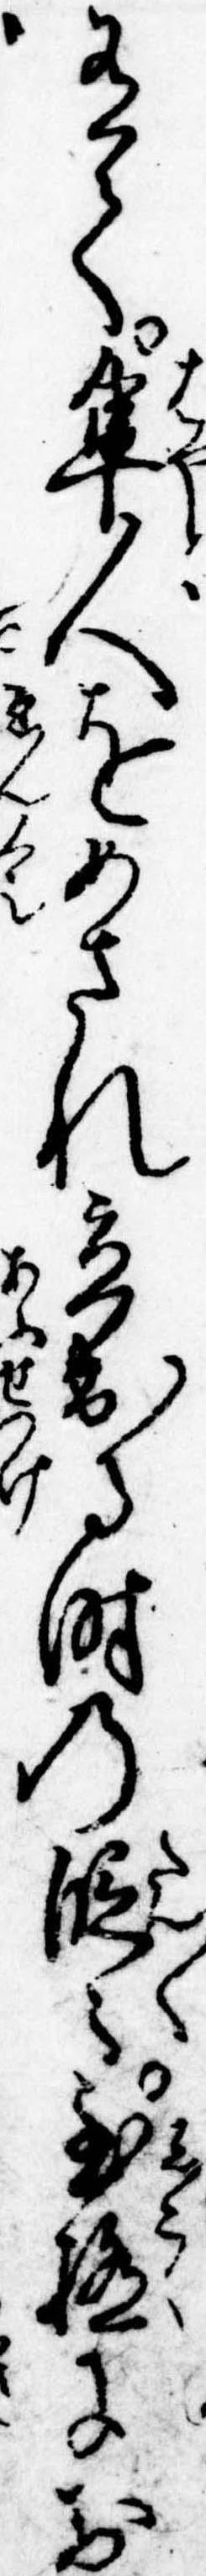
有て隼人をめされ立出る時の段々至極にお